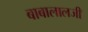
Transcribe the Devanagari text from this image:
बाबालालजी